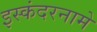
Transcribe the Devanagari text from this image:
इस्कंदरनामे